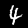
Digit: 4